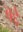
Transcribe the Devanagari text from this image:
बद्दे